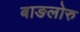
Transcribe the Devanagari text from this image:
बाङलोरु